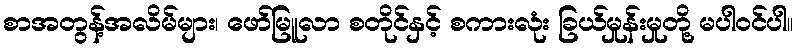
စာအတွန့်အလိမ်များ၊ ဖော်မြူလာ စတိုင်နှင့် စကားလုံး ခြယ်မှုန်းမှုတို့ မပါဝင်ပါ။